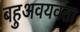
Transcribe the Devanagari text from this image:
बहुअवयवता